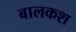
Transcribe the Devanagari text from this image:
बालकश